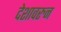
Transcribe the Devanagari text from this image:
देशावरुन